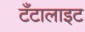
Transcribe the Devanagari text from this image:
टँटालाइट